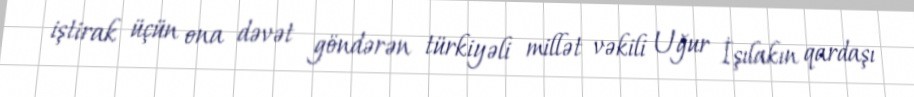
iştirak üçün ona dəvət göndərən türkiyəli millət vəkili Uğur İşılakın qardaşı